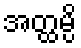
အတ္ထမ္ပိ